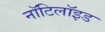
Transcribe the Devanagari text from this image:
नॉटिलॉइड